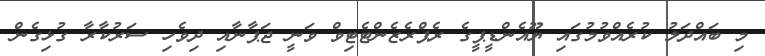
މި ބައްދަލު ކުރެއްވުމުގައި ޔޫއެންޑީޕީގެ ރެޕްރެޒެންޓެޓިވް ވަނީ ޖަޕާނާއި ދިވެހި ސަރުކާރާ ގުޅިގެން